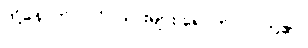
ထို့နောက် ပုလိပ်သားများ ရောက်လာကြ၏။